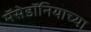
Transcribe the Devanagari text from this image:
मॅसेडॉनियाच्या